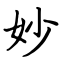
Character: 妙